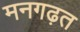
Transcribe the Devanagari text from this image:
मनगढ़त